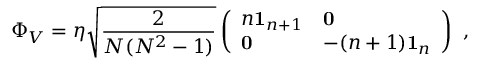
\Phi _ { V } = \eta \sqrt { \frac { 2 } { N ( N ^ { 2 } - 1 ) } } \left( \begin{array} { l l } { { n { \bf 1 } _ { n + 1 } } } & { { { \bf 0 } } } \\ { { { \bf 0 } } } & { { - ( n + 1 ) { \bf 1 } _ { n } } } \end{array} \right) \ ,